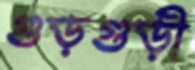
গুড়গুড়ী